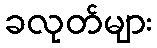
ခလုတ်များ